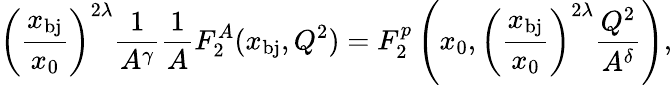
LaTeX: \left(\frac{x_{\mathrm{bj}}}{x_{0}}\right)^{2\lambda}\frac{1}{A^{\gamma}}\frac{1}{A}F_{2}^{A}(x_{\mathrm{bj}},Q^{2})=F_{2}^{p}\left(x_{0},\left(\frac{x_{\mathrm{bj}}}{x_{0}}\right)^{2\lambda}\frac{Q^{2}}{A^{\delta}}\right),